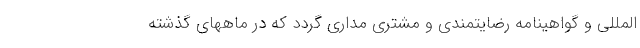
المللی و گواهینامه رضایتمندی و مشتری مداری گردد که در ماههای گذشته